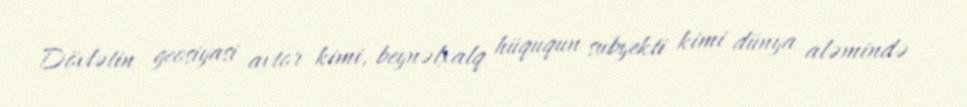
Dövlətin geosiyasi avtor kimi, beynəlxalq hüququn subyekti kimi dünya aləmində